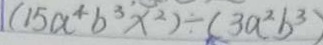
( 1 5 a ^ { 4 } b ^ { 3 } x ^ { 2 } ) \div ( 3 a ^ { 2 } b ^ { 3 } )